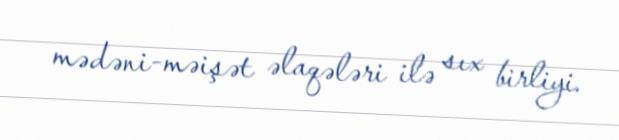
mədəni-məişət əlaqələri ilə sıx birliyi.